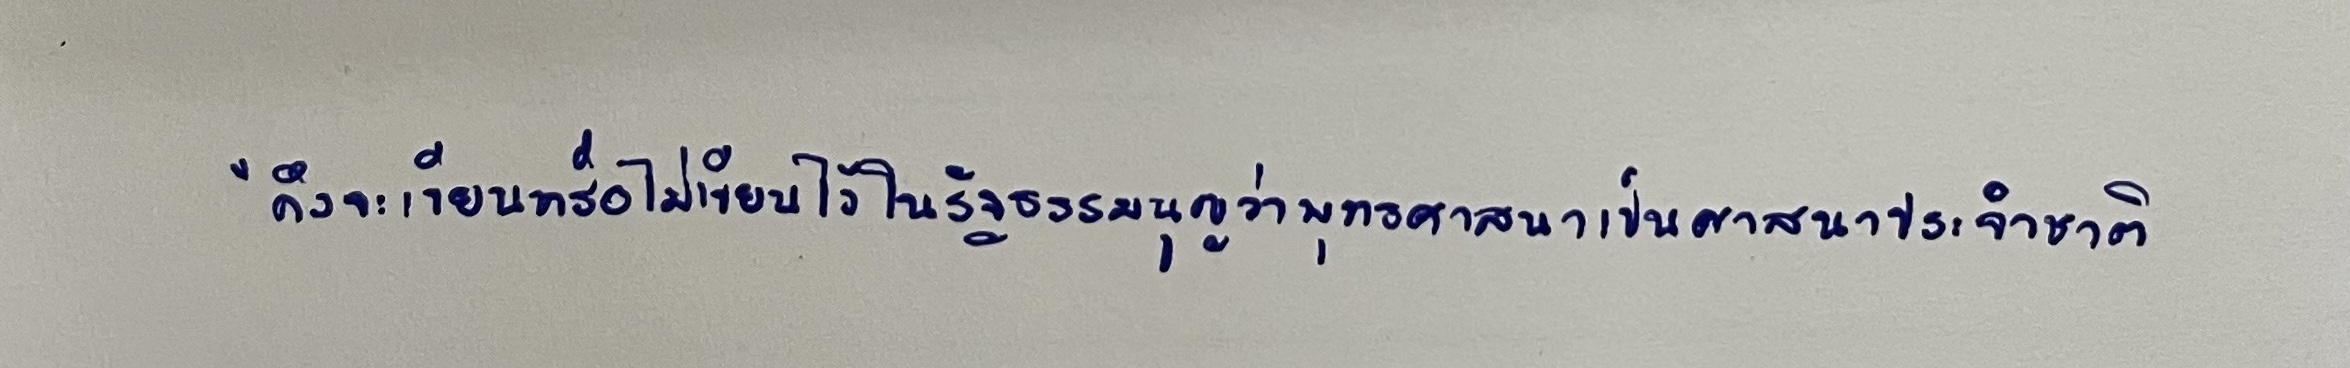
"ถึงจะเขียนหรือไม่เขียนไว้ในรัฐธรรมนูญว่าพุทธศาสนาเป็นศาสนาประจำชาติ